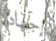
إجهاد